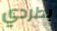
بطردي